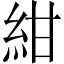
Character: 紺